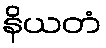
နိယတံ